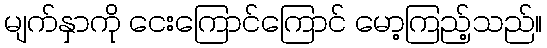
မျက်နှာကို ငေးကြောင်ကြောင် မော့ကြည့်သည်။